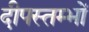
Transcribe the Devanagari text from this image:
दीपस्तम्भों